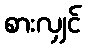
စားလျှင်